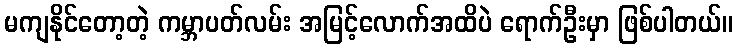
မကျနိုင်တော့တဲ့ ကမ္ဘာပတ်လမ်း အမြင့်လောက်အထိပဲ ရောက်ဦးမှာ ဖြစ်ပါတယ်။